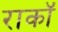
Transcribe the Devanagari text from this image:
राकॉ